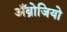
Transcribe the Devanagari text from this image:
अँब्रोजियो